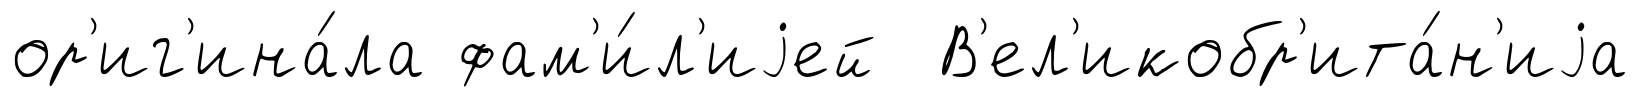
ор'иг'ина́ла фам'и́л'иjей В'ел'икобр'ита́н'иjа